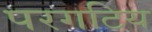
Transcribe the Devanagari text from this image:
परगटिय